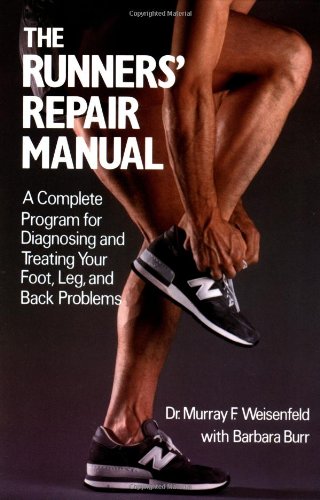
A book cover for The Runners' Repair Manual: A Complete Program for Diagnosing and Treating Your Foot, Leg and Back Problems; Murray F. Weisenfeld; Medical Books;